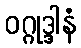
ဝဂ္ဂုဒ္ဒါနံ